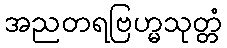
အညတရဗြဟ္မသုတ္တံ